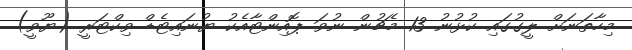
މިހާތަނަށް ލީގުގައި ކުޅުނު 13 މެޗުން ނުވަ ޕޮއިންޓާއެކު ޔުނައިޓެޑް ވިކްޓަރީ (ޔޫވީ)